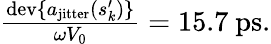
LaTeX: \begin{array}{r}{\frac{\mathrm{dev}\{ a_{\mathrm{jitter}}(s_{k}^{\prime})\} }{\omega V_{0}}=15.7~\mathrm{ps}.}\end{array}